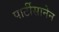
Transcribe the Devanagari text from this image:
पार्टीसानेन